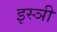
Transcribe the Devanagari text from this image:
इस्ञी